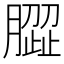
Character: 𰯝